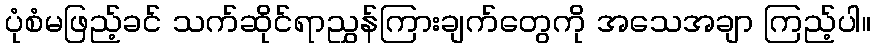
ပုံစံမဖြည့်ခင် သက်ဆိုင်ရာညွှန်ကြားချက်တွေကို အသေအချာ ကြည့်ပါ။